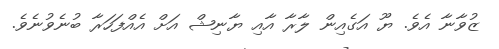
ޒުވާނާ އެވެ. ޔޫ އަގެއިން ލާރާ އާއި ޔާނިޝް އަށް އެއްފަހަރާ ބުނެވުނެވެ.